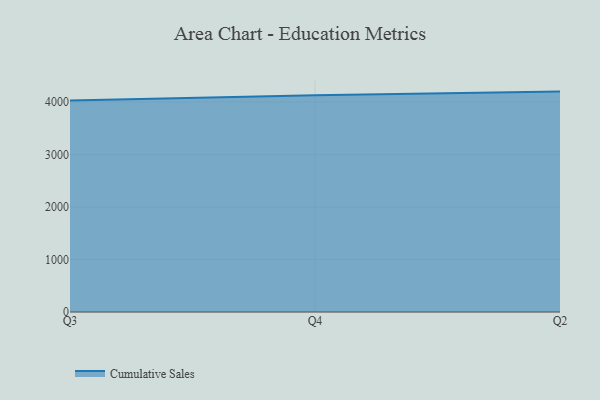
{"axis": {"x": "Quarter", "y": "Inventory Turnover"}, "legend": ["Cumulative Sales"], "data": [{"x": "Q3", "y": 4028.0, "type": "Cumulative Sales"}, {"x": "Q4", "y": 4132.1, "type": "Cumulative Sales"}, {"x": "Q2", "y": 4199.9, "type": "Cumulative Sales"}]}